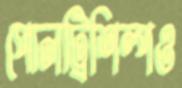
পোলট্রিশিল্পও